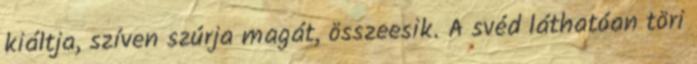
kiáltja, szíven szúrja magát, összeesik. A svéd láthatóan töri